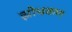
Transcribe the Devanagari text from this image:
झोधकण